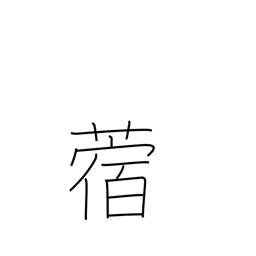
Meaning: clover